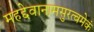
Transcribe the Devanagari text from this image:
महद्देवानामसुरत्वमेकं